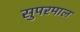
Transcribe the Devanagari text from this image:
सुपरमाल